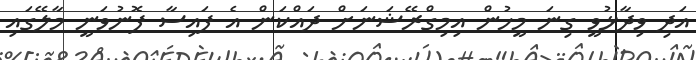
އަދި ވިދާޅުވީ ގިނަ މީހުން އިމިގްރޭޝަނަށް ދައްކަން އެ ފައިސާ ފޮނުވަނީ މާލޭގައި